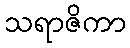
သရာဇိကာ